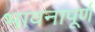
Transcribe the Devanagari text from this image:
भावनापूर्ण